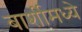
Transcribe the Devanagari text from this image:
बार्शीमध्ये